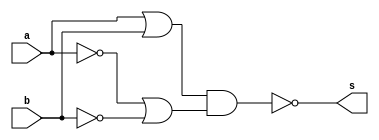
// ---------------------
// Exercicio0007 - XNOR
// Nome: Lucas Cardoso
// ---------------------
// ---------------------
// -- xnor gate
// ---------------------
module xnorgate ( output s,
input a,
input b);

//expresso ab+a'b'(xor)

assign s = ~((a|b)&(~a|~b));

endmodule //
// ---------------------
// -- test xnorgate
// ---------------------
module testxnorgate;
// ------------------------- dados locais
reg a,b; // definir registrador
wire s; // definir conexao (fio)
// ------------------------- instancia
xnorgate XNOR1 (s, a, b);
// ------------------------- preparacao
initial begin:start
a=0;
b=0;
end
// ------------------------- parte principal
initial begin:main
$display("Exercicio0007 - Lucas Cardoso - 441694");
$display("Test XNOR gate");
$display("\na & b = s\n");
$monitor("%b & %b = %b", a, b, s);
a=0; b=0;
#1 a=0; b=1;
#1 a=1; b=0;
#1 a=1; b=1;
end
endmodule // testxnorgate